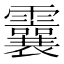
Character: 𩆶